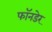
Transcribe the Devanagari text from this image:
फॉनडेर